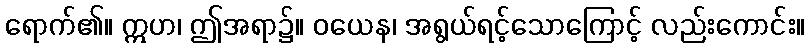
ရောက်၏။ ဣဟ၊ ဤအရာ၌။ ဝယေန၊ အရွယ်ရင့်သောကြောင့် လည်းကောင်း။